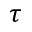
\tau